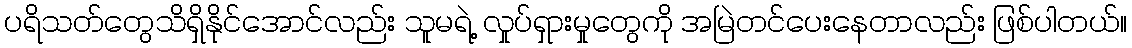
ပရိသတ်တွေသိရှိနိုင်အောင်လည်း သူမရဲ့ လှုပ်ရှားမှုတွေကို အမြဲတင်ပေးနေတာလည်း ဖြစ်ပါတယ်။